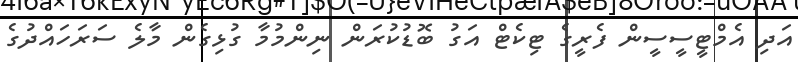
އަދި އެމްޓީސީސީން ފެރީގެ ޓިކެޓް އަގު ބޮޑުކުރަން ނިންމުމާ ގުޅިގެން މާލެ ސަރަހައްދުގެ